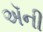
ઍની